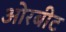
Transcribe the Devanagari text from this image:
ओरबीट